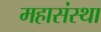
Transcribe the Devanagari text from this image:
महासंस्था